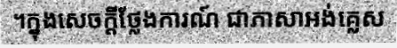
។ក្នុងសេចក្តីថ្លែងការណ៍ ជាភាសាអង់គ្លេស